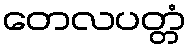
တေလပတ္တံ